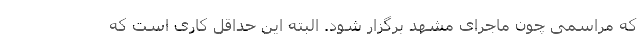
که مراسمی چون ماجرای مشهد برگزار شود. البته این حداقل کاری است که